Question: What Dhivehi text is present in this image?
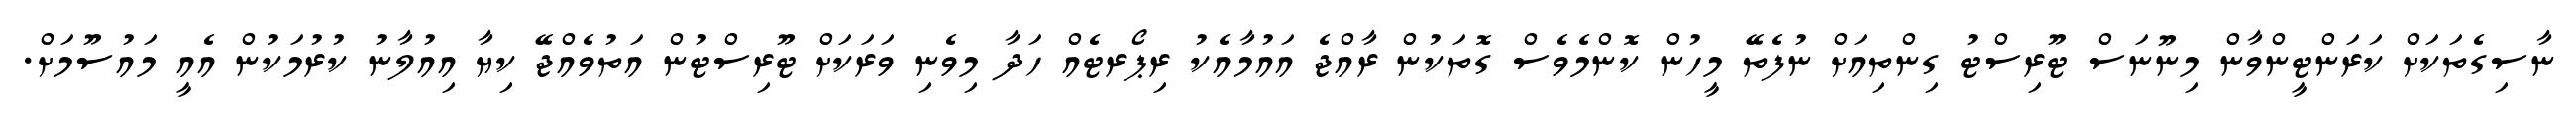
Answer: ނާސިގެތަކަށް ކަރަންޓީންވާން މިނޫނަސް ޓޫރިސްޓު ގިންތިއަށް ނުފެތޭ މީހުން ކޮންމެވެސް ގޮތަކުން ރާއްޖެ އައުމާއެކު ރިޕޯރޓެއް ހަދާ މިވެނި ވަރަކަށް ޓޫރިސްޓުން އަތުވެއްޖޭ ކިޔާ އިއުލާނު ކުރުމަކުން އެއީ މައުސޫމަށް.